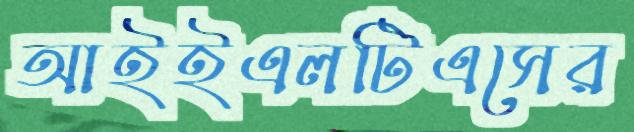
আইইএলটিএসের